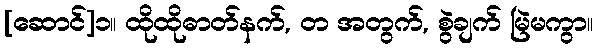
[ဆောင်]၁။ ထိုထိုဓာတ်နက်, တ အတွက်, စွဲချက် မြဲမကွာ။